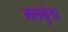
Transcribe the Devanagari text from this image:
मछकुंडा